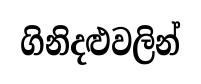
ගිනිදළුවලින්